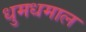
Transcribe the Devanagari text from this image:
धुमधमाल